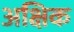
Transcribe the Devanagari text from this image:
अक्षिक